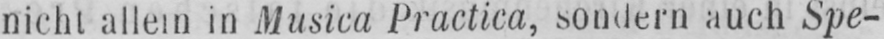
in Musica Practica, sondern auch Spe-